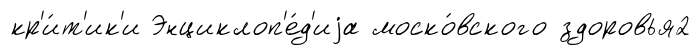
кр'и́т'ик'и Энциклоп'е́д'иjа моско́вского здоровья2